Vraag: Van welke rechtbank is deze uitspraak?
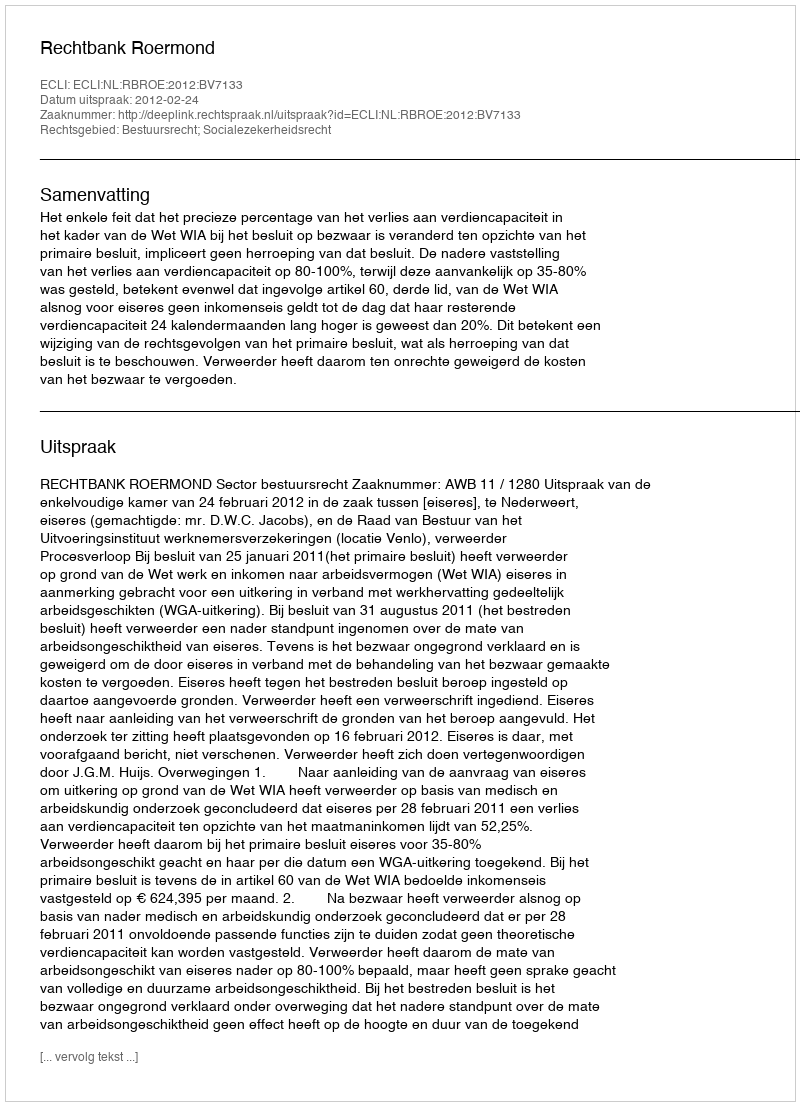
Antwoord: Rechtbank Roermond